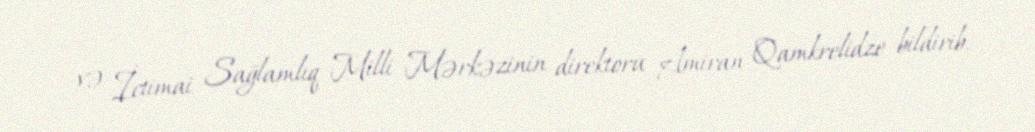
və İctimai Sağlamlıq Milli Mərkəzinin direktoru Amiran Qamkrelidze bildirib.